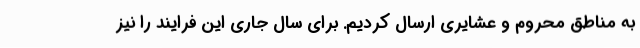
به مناطق محروم و عشایری ارسال کردیم. برای سال جاری این فرایند را نیز